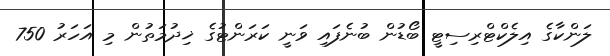
ލަންކާގެ އިލެކްޓްރިސިޓީ ބޯޑުން ބުނެފައި ވަނީ ކަރަންޓުގެ ޚިދުމަތުން މި އަހަރު 750